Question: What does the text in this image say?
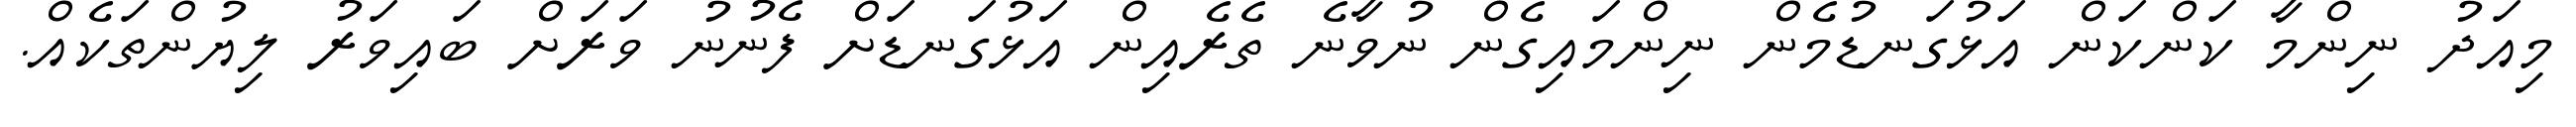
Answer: މިއަދު ނިންމާ ކަންކަން އަޅުގަނޑުމެން ނިންމައިގެން ނުވާނެ ތެރެއިން އަޅުގަނޑަށް ފެނުނު ވަރަށް ބައިވަރު ލިޔުންތަކެއް.